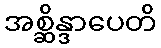
အစ္ဆိန္ဒာပေတိ